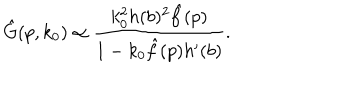
LaTeX: \hat { G } ( p , k _ { 0 } ) \propto { \frac { k _ { 0 } ^ { 2 } h ( b ) ^ { 2 } \hat { f } ( p ) } { 1 - k _ { 0 } \hat { f } ( p ) h ^ { \prime } ( b ) } } .